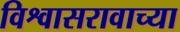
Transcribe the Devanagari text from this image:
विश्वासरावाच्या